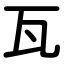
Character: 瓦